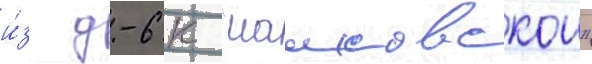
и́з д-6 к "мааковскои"